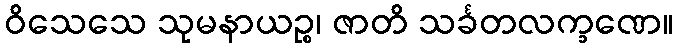
ဝိသေသေ သုမနာယဉ္စ၊ ဇာတိ သင်္ခတလက္ခဏေ။